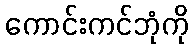
ကောင်းကင်ဘုံကို